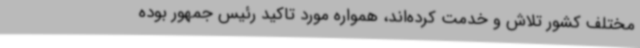
مختلف کشور تلاش و خدمت کرده‌اند، همواره مورد تاکید رئیس جمهور بوده